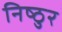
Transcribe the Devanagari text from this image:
निष्‍ठुर